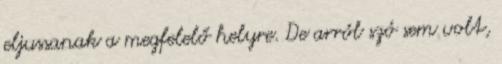
eljussanak a megfelelő helyre. De arról szó sem volt,